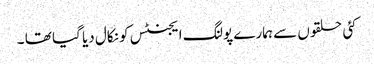
کئی حلقوں سے ہمارے پولنگ ایجنٹس کو نکال دیا گیا تھا ۔